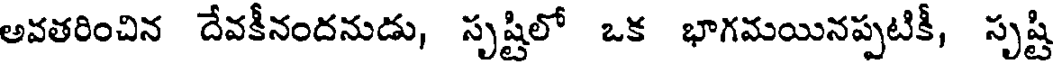
అవతరించిన దేవకీనందనుడు, సృష్టిలో ఒక భాగమయినప్పటికీ, సృష్టి